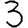
Digit: 3